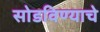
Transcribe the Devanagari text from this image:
सोडविण्याचे